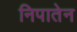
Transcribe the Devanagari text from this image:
निपातेन